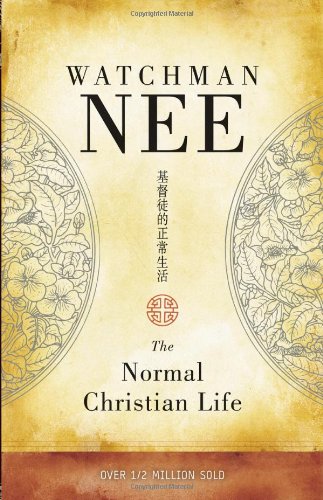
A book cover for The Normal Christian Life; Watchman Nee; Religion & Spirituality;